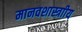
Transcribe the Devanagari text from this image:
मानवशास्त्राीय